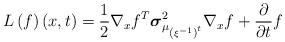
LaTeX: \begin{align*}L\left(f\right)\left(x,t\right)=\frac{1}{2}\nabla_{x}f^{T}\boldsymbol{\sigma}_{\mu_{\left(\xi^{-1}\right)^{t}}}^{2}\nabla_{x}f+\frac{\partial}{\partial t}f\end{align*}